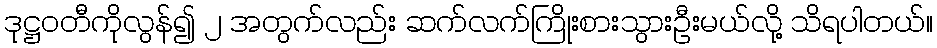
ဒုဋ္ဌဝတီကိုလွန်၍ ၂ အတွက်လည်း ဆက်လက်ကြိုးစားသွားဦးမယ်လို့ သိရပါတယ်။